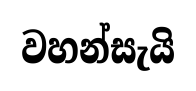
වහන්සැයි